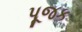
પૂજક